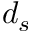
d _ { s }